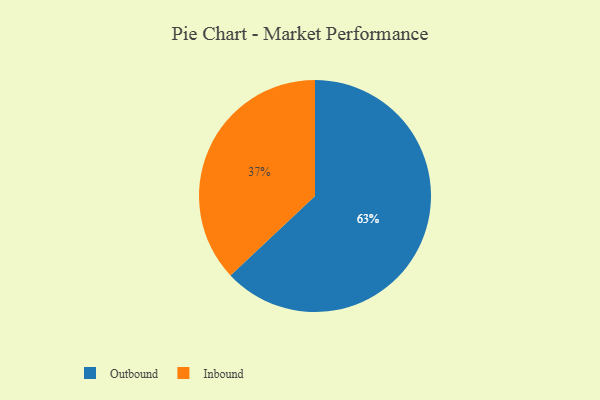
{"axis": {"x": "Category", "y": "Percentage"}, "legend": ["Inbound", "Outbound"], "data": [{"x": "Inbound", "y": 37, "type": "Inbound"}, {"x": "Outbound", "y": 63, "type": "Outbound"}]}